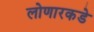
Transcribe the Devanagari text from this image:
लोणारकडे